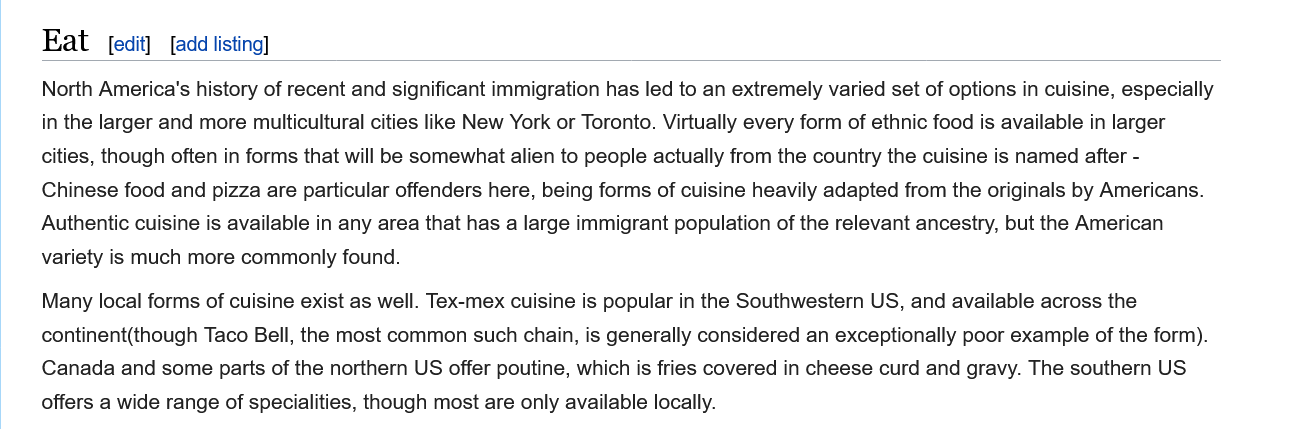
Eat   [edit] [add listing]
     Many local forms of cuisine exist as well. Tex-mex cuisine is popular in the Southwestern US, and available across the
    continent(though Taco Bell, the most common such chain, is generally considered an exceptionally poor example of the form).
    Canada  and some parts of the northern US offer poutine, which is fries covered in cheese curd and gravy. The southern US
    offers a wide range of specialities, though most are only available locally.
     North America's history of recent and significant immigration has led to an extremely varied set of options in cuisine, especially
     in the larger and more multicultural cities like New York or Toronto. Virtually every form of ethnic food is available in larger
    cities, though often in forms that will be somewhat alien to people actually from the country the cuisine is named after -
    Chinese food and pizza are particular offenders here, being forms of cuisine heavily adapted from the originals by Americans.
    Authentic cuisine is available in any area that has a large immigrant population of the relevant ancestry, but the American
    variety is much more commonly found.